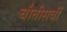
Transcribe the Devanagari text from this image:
चौतीसवीं